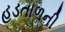
હડતાળની